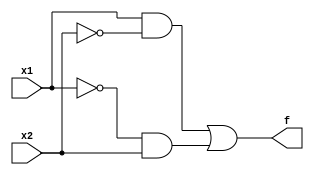
module Light(x1, x2, f);
	input x1, x2;
	output f;
	
	assign f = (x1 & ~x2) | (~x1 & x2);
endmodule